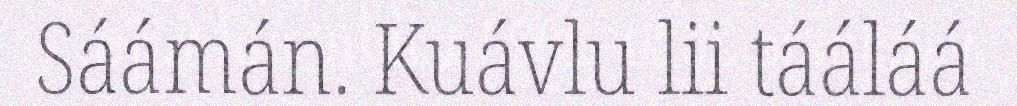
Sáámán. Kuávlu lii tááláá